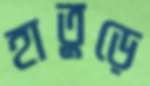
হাতুড়ে